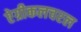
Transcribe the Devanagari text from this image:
ऐग्रीकलचरल